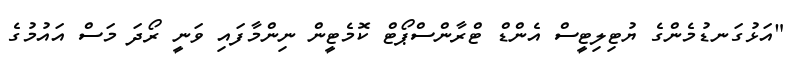
"އަޅުގަނޑުމެންގެ ޔުޓިލިޓީސް އެންޑް ޓްރާންސްޕޯޓް ކޮމެޓީން ނިންމާފައި ވަނީ ރޯދަ މަސް އައުމުގެ